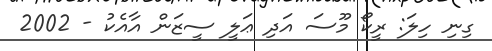
ގިނި ހިލަ: ރީކޯ މޫސަ އަދި ޢަލީ ސީޒަން އާއެކު - 2002